Annual report of the Camel Specialist
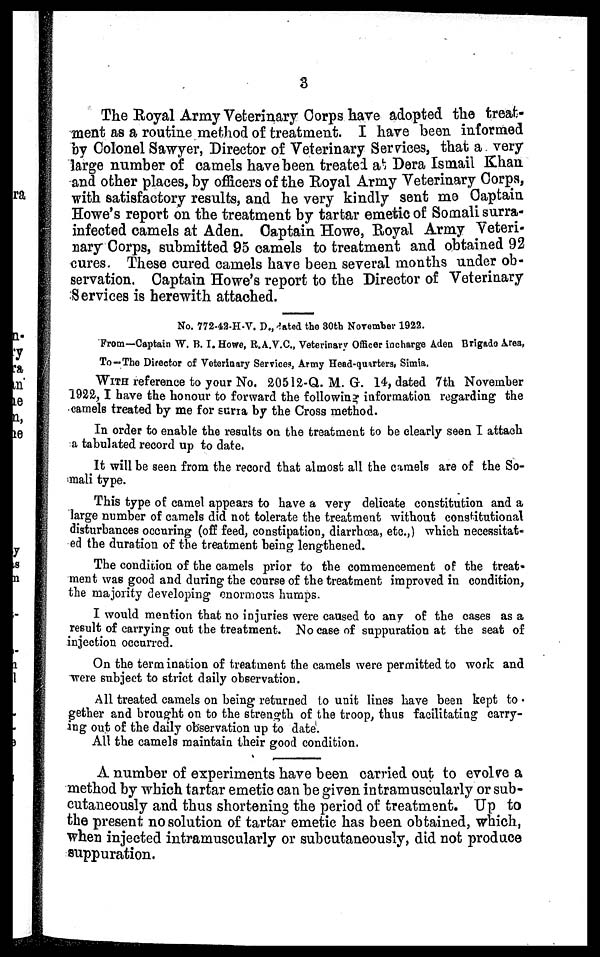
3
The Royal Army Veterinary Corps have adopted the treat-
ment as a routine method of treatment. I have been informed
by Colonel Sawyer, Director of Veterinary Services, that a very
large number of camels have been treated at Dera Ismail Khan
and other places, by officers of the Royal Army Veterinary Corps,
with satisfactory results, and he very kindly sent me Captain
Howe's report on the treatment by tartar emetic of Somali surra-
infected camels at Aden. Captain Howe, Royal Army Veteri-
nary Corps, submitted 95 camels to treatment and obtained 92
cures. These cured camels have been several months under ob-
servation. Captain Howe's report to the Director of Veterinary
Services is herewith attached.
No. 772-42-H-V. D., dated the 30th November 1922.
From—Captain W. B. I. Howe, R.A.V.C., Veterinary Officer incharge Aden Brigade Area,
To—The Director of Veterinary Services, Army Head-quarters, Simla.
WITH reference to your No. 20512-Q. M. G. 14, dated 7th November
1922, I have the honour to forward the following information regarding the
camels treated by me for surra by the Cross method.
In order to enable the results on the treatment to be clearly seen I attach
a tabulated record up to date.
It will be seen from the record that almost all the camels are of the So-
mali type.
This type of camel appears to have a very delicate constitution and a
large number of camels did not tolerate the treatment without constitutional
disturbances occuring (off feed, constipation, diarrhœa, etc.,) which necessitat-
ed the duration of the treatment being lengthened.
The condition of the camels prior to the commencement of the treat-
ment was good and during the course of the treatment improved in condition,
the majority developing enormous humps.
I would mention that no injuries were caused to any of the cases as a
result of carrying out the treatment. No case of suppuration at the seat of
injection occurred.
On the termination of treatment the camels were permitted to work and
were subject to strict daily observation.
All treated camels on being returned to unit lines have been kept to
gether and brought on to the strength of the troop, thus facilitating carry-
ing out of the daily observation up to date.
All the camels maintain their good condition.
A number of experiments have been carried out to evolve a
method by which tartar emetic can be given intramuscularly or sub¬
cutaneously and thus shortening the period of treatment. Up to
the present no solution of tartar emetic has been obtained, which,
when injected intramuscularly or subcutaneously, did not produce
suppuration.